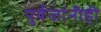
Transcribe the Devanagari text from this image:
पुर्वजांनीही